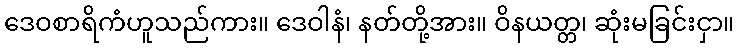
ဒေဝစာရိကံဟူသည်ကား။ ဒေဝါနံ၊ နတ်တို့အား။ ဝိနယတ္တ၊ ဆုံးမခြင်းငှာ။